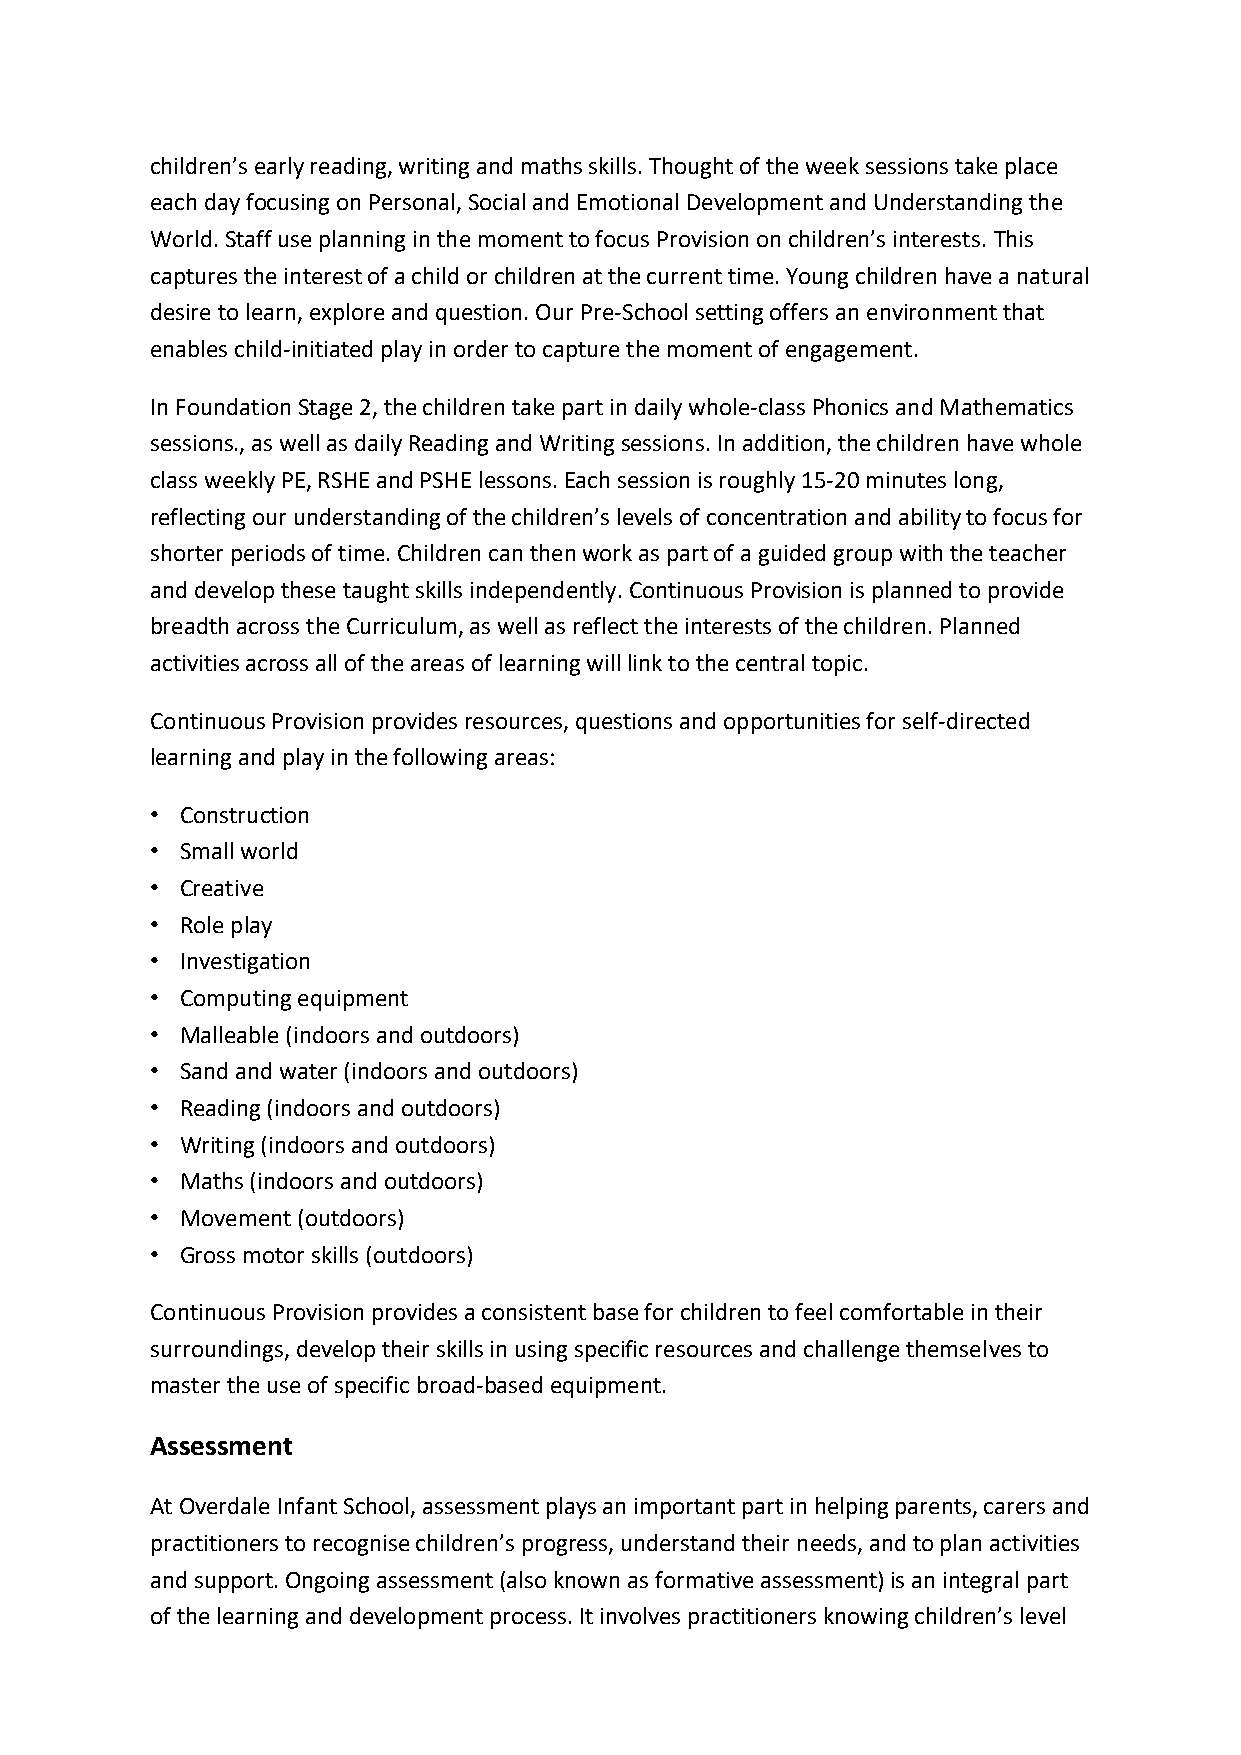
children’s early reading, writing and maths skills. Thought of the week sessions take place
 each day focusing on Personal, Social and Emotional Development and Understanding the
 World. Staff use planning in the moment to focus Provision on children’s interests. This
 captures the interest of a child or children at the current time. Young children have a natural
 desire to learn, explore and question. Our Pre-School setting offers an environment that
 enables child-initiated play in order to capture the moment of engagement.
 In Foundation Stage 2, the children take part in daily whole-class Phonics and Mathematics
 sessions., as well as daily Reading and Writing sessions. In addition, the children have whole
 class weekly PE, RSHE and PSHE lessons. Each session is roughly 15-20 minutes long,
 reflecting our understanding of the children’s levels of concentration and ability to focus for
 shorter periods of time. Children can then work as part of a guided group with the teacher
 and develop these taught skills independently. Continuous Provision is planned to provide
 breadth across the Curriculum, as well as reflect the interests of the children. Planned
 activities across all of the areas of learning will link to the central topic.
 Continuous Provision provides resources, questions and opportunities for self-directed
 learning and play in the following areas:
 • Construction
 • Small world
 • Creative
 • Role play
 • Investigation
 • Computing equipment
 • Malleable (indoors and outdoors)
 • Sand and water (indoors and outdoors)
 • Reading (indoors and outdoors)
 • Writing (indoors and outdoors)
 • Maths (indoors and outdoors)
 • Movement (outdoors)
 • Gross motor skills (outdoors)
 Continuous Provision provides a consistent base for children to feel comfortable in their
 surroundings, develop their skills in using specific resources and challenge themselves to
 master the use of specific broad-based equipment.
 Assessment
 At Overdale Infant School, assessment plays an important part in helping parents, carers and
 practitioners to recognise children’s progress, understand their needs, and to plan activities
 and support. Ongoing assessment (also known as formative assessment) is an integral part
 of the learning and development process. It involves practitioners knowing children’s level